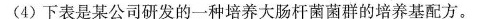
(4)下表是某公司研发的一种培养大肠杆菌菌群的培养基配方。